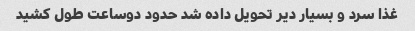
غذا سرد و بسیار دیر تحویل داده شد حدود دوساعت طول کشید